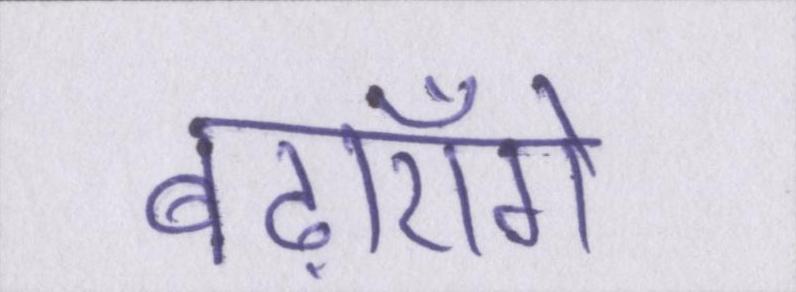
बढ़ाएँगे